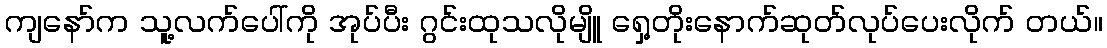
ကျနော်က သူ့လက်ပေါ်ကို အုပ်ပီး ဂွင်းထုသလိုမျိူ ရှေ့တိုးနောက်ဆုတ်လုပ်ပေးလိုက် တယ်။